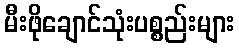
မီးဖိုချောင်သုံးပစ္စည်းများ